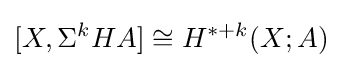
[X,\Sigma ^{k}HA]\cong H^{*+k}(X;A)